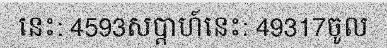
នេះ: 4593សប្តាហ៍នេះ: 49317ចូល